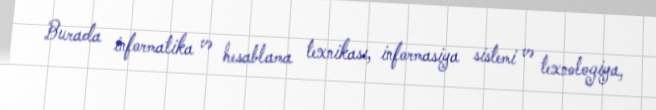
Burada informatika və hesablama texnikası, informasiya sistemi və texnologiya,